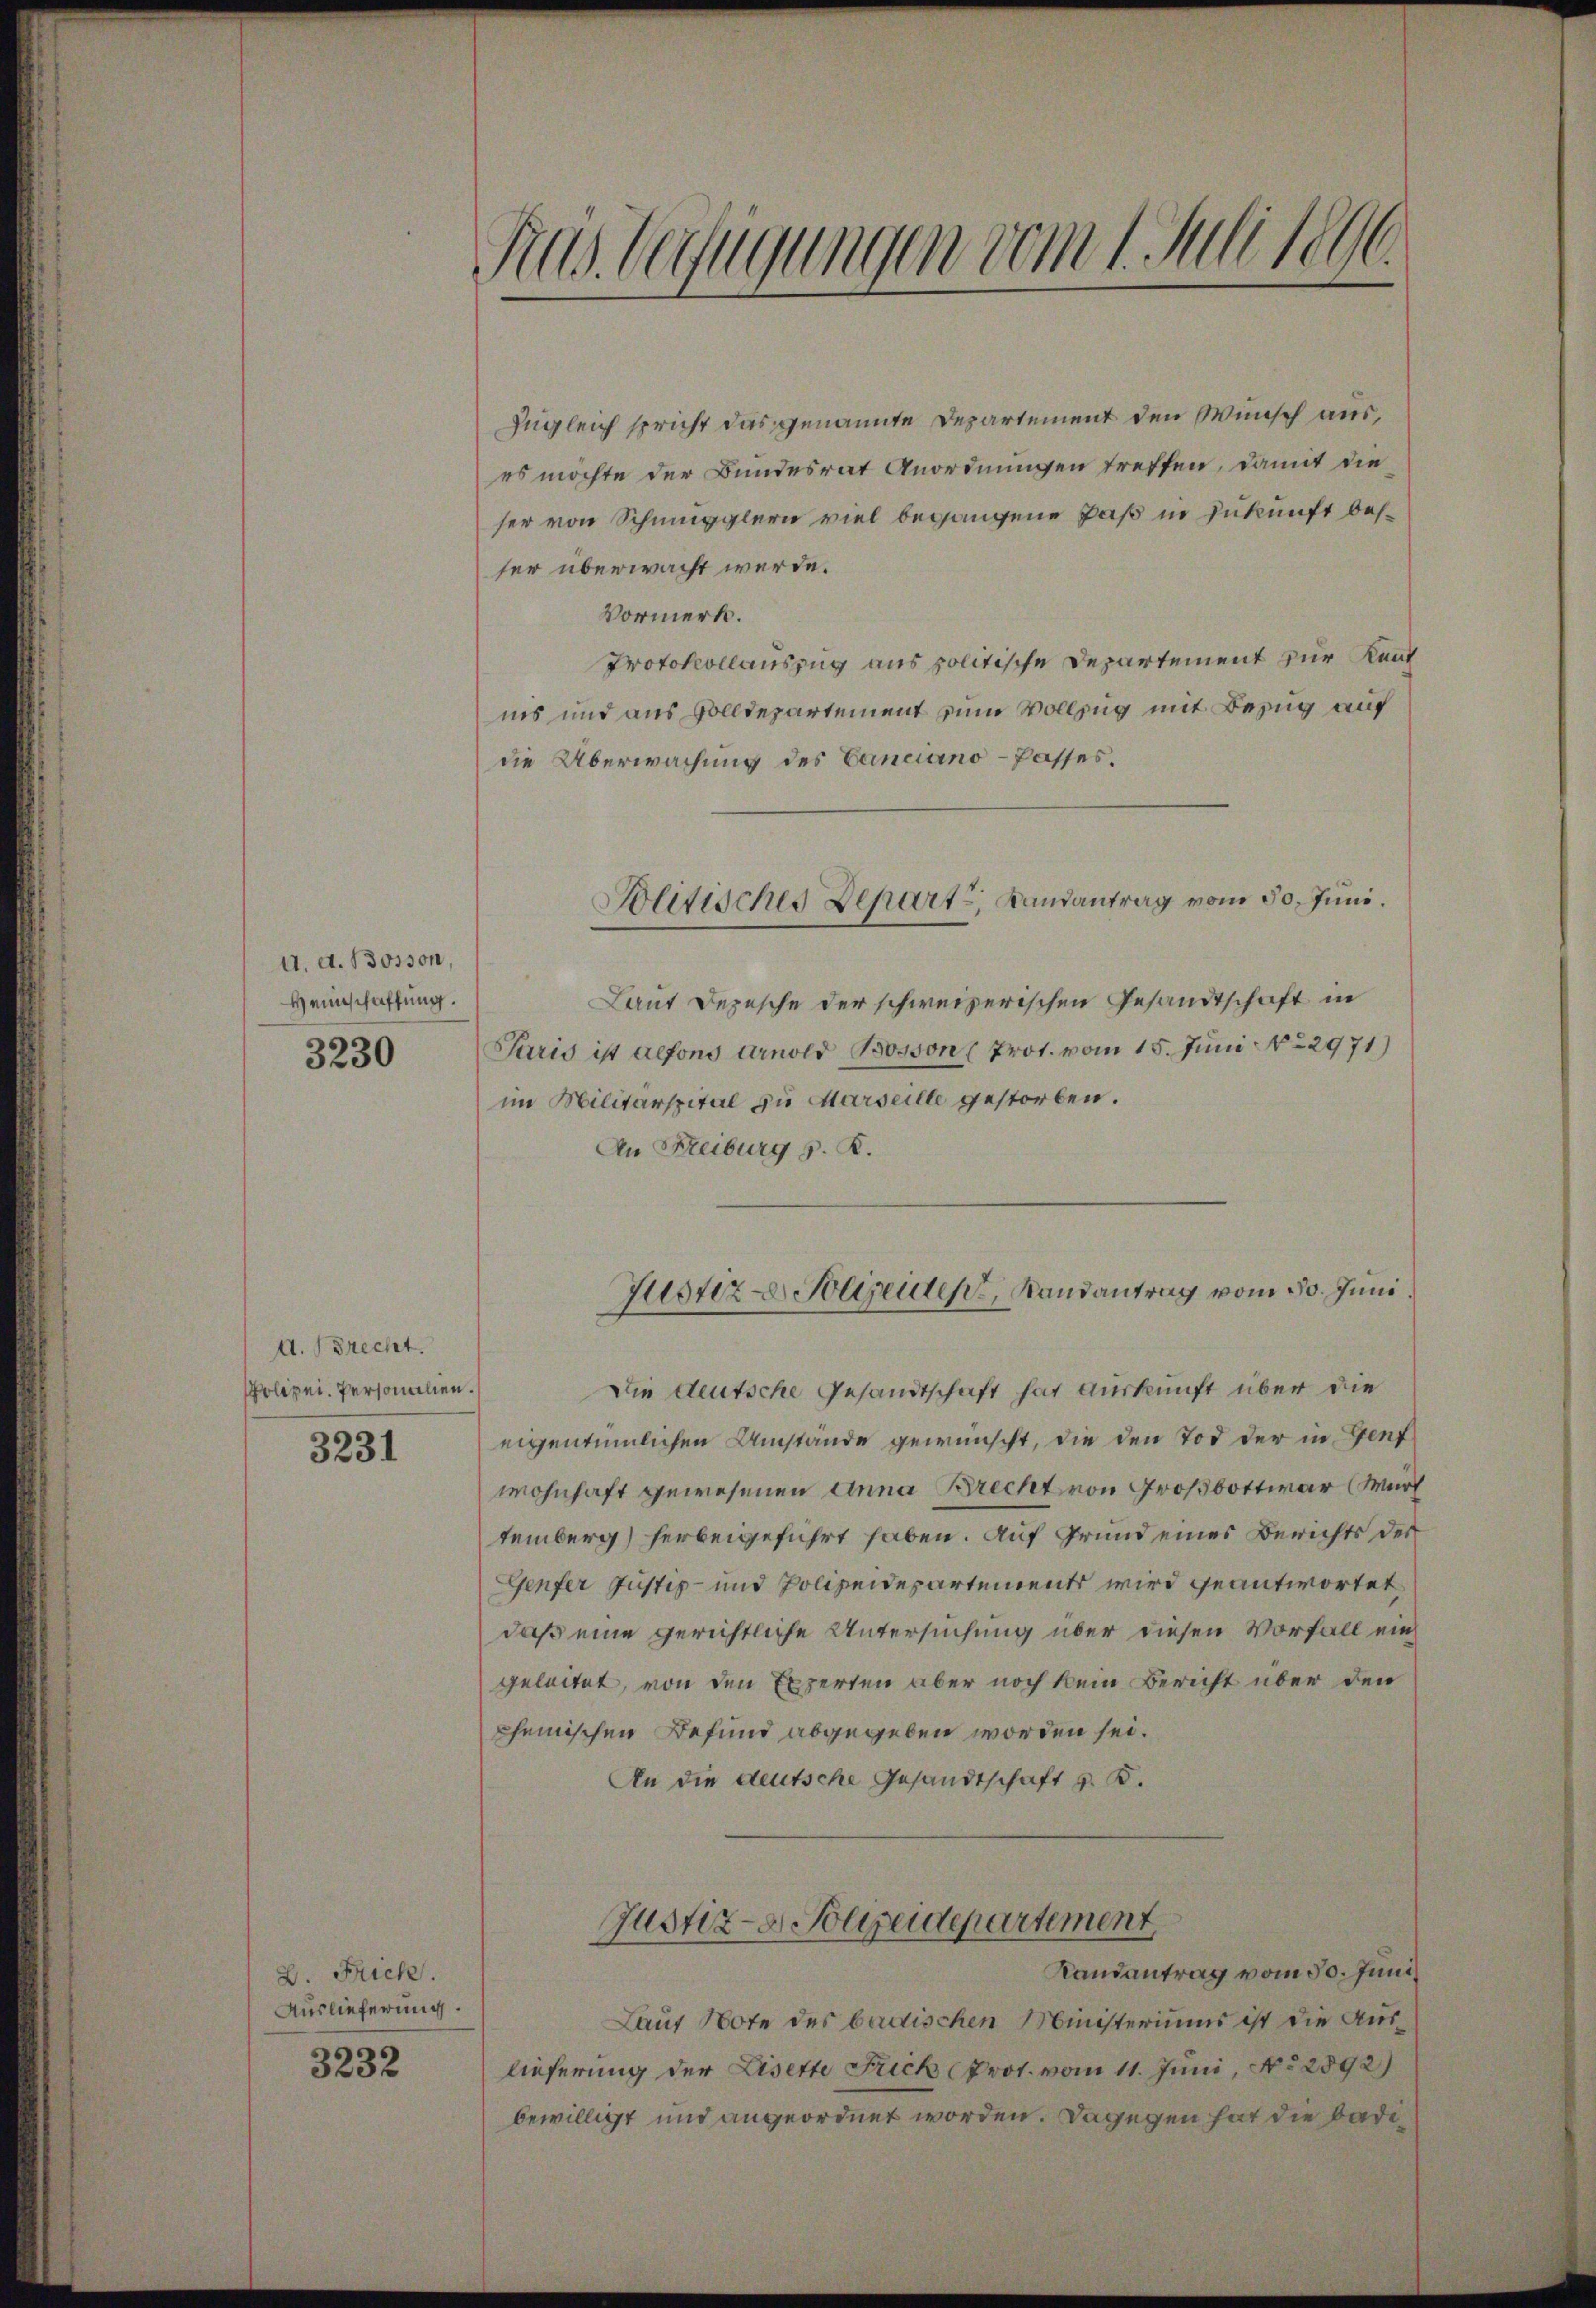
A. d. Bosson,
Heinschaffung.
3230

d. recht.
Polizei Personalien

3231

B. Frick.
Auslieferung.
3232

Rus Verfügungen vom 1. Juli 1890.

Zugleich spricht das genannte Departement den Wunsch aus,
es möchte der Bundesrat Anordnungen treffen, damit die
ser von Schmugglern viel begangene Paß in Zukunft besser überwacht werde.
Vormerk.
Protokollauszug aus politische Departement zur Kant
ins und aus Solldepartement zum Vollzug mit Bezug auf
die Überwachung des Canciano-Passes.
Laut Depesche der schweizerischen Gesandtschaft in
Paris ist alfons Arnold Bosson (Prot. vom 15. Juni No 2971)
im Militärspital zu Marseille gestorben.
An Freiburg s. R.
Justiz - Polizeidens, Randantrag vom 30. Juni.
Die deutsche Gesandtschaft hat Auskunft über die
eigentümlichen Umstände gewünscht, die den Tod der in Genf
wohnhaft gewesenen Anna Brecht von Großbott war (Wurf
temberg) herbeigeführt haben. Auf Grund eines Berichts der
Genfer Justiz- und Polizeidepartements wird geantwortet
daß eine gerichtliche Untersuchung über diesen Vorfall ein
geleitet, von den Experten aber noch kein Bericht über den
chemischen Befund abgegeben worden sei.
An die deutsche Gesandtschaft z. B.
Justiz- & Polizeidepartement
Randantrag vom 30. Juni
Lauf Note des badischen Ministeriums ist die Auslieferung der Lisette Frick (Prot. vom 11. Juni, No 2592)
bewilligt und angeordnet worden. Dagegen hat die Bade¬

Politisches Depart, Landantrag vom 30. Juni.